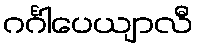
ဂင်္ဂါပေယျာလီ